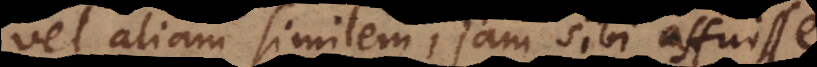
vel aliam similem, jam sibi affuisse.